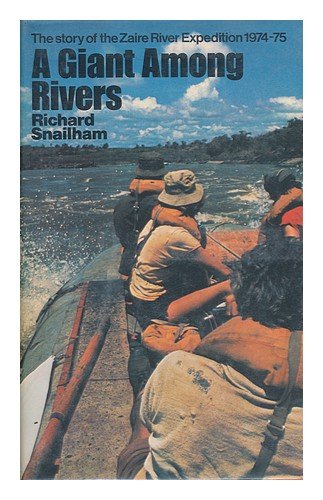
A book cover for Giant Among Rivers: Story of the Zaire River Expedition; Richard Snailham; Travel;